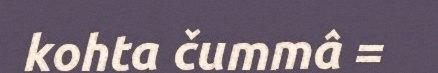
kohta čummâ =